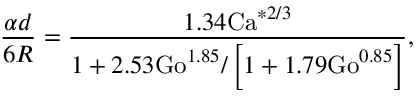
\frac { \alpha d } { 6 R } = \frac { 1 . 3 4 \mathrm { C a } ^ { * 2 / 3 } } { 1 + 2 . 5 3 \mathrm { G o } ^ { 1 . 8 5 } / \left[ 1 + 1 . 7 9 \mathrm { G o } ^ { 0 . 8 5 } \right] } ,